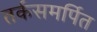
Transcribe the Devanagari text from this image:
तर्कसमर्पित